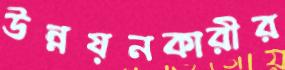
উন্নয়নকারীর